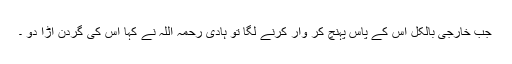
جب خارجی بالکل اس کے پاس پہنچ کر وار کرنے لگا تو ہادی رحمہ اللہ نے کہا اس کی گردن اڑا دو ۔